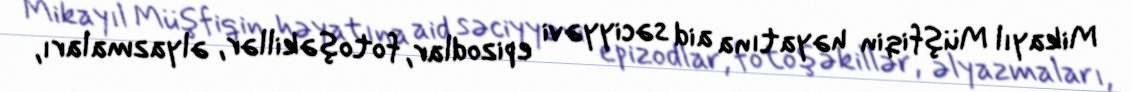
Mikayıl Müşfiqin həyatına aid səciyyəvi epizodlar, fotoşəkillər, əlyazmaları,